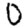
Digit: 0